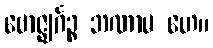
ဗောဇ္ဈင်္ဂဉ္စ ဘဏာမ ဟေ။